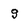
Character: g